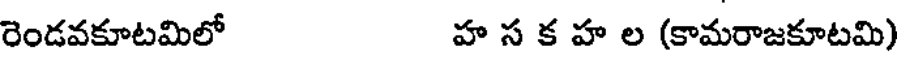
రెండవకూటమిలో హ స క హ ల (కామరాజకూటమి)